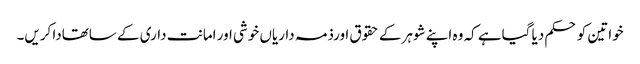
خواتین کو حکم دیا گیاہے کہ وہ اپنے شوہر کے حقوق اورذمہ داریاں خوشی اور امانت داری کے ساتھادا کریں۔